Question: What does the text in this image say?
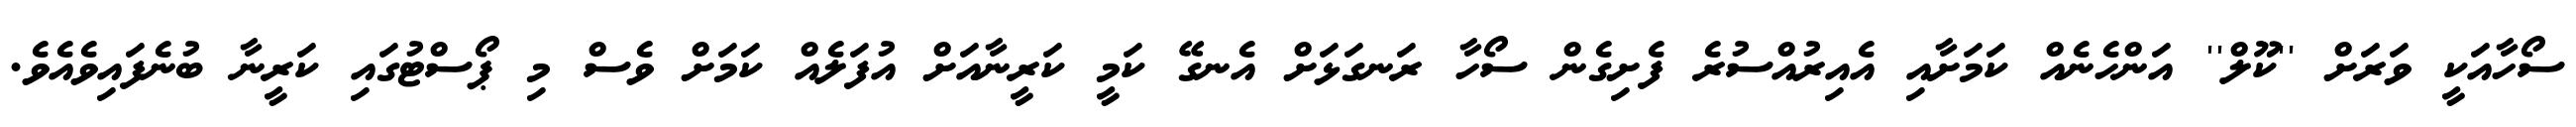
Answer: ސޯހާއަކީ ވަރަށް ''ކޫލް'' އަންހެނެއް ކަމަށާއި އެއިރުއްސުރެ ފެށިގެން ސޯހާ ރަނގަޅަށް އެނގޭ ކަމީ ކަރީނާއަށް އުފަލެއް ކަމަށް ވެސް މި ޕޯސްޓުގައި ކަރީނާ ބުނެފައިވެއެވެ.